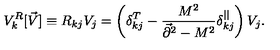
V _ { k } ^ { R } [ \vec { V } ] \equiv R _ { k j } V _ { j } = \left( \delta _ { k j } ^ { T } - { \frac { M ^ { 2 } } { \vec { \partial } ^ { 2 } - M ^ { 2 } } } \delta _ { k j } ^ { | | } \right) V _ { j } .